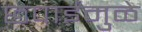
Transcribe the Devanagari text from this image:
छपाईमुळे